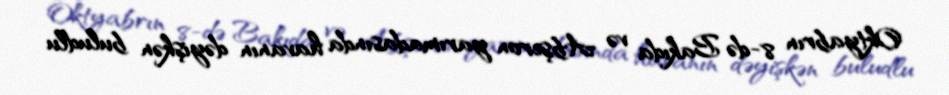
Oktyabrın 8-də Bakıda və Abşeron yarımadasında havanın dəyişkən buludlu